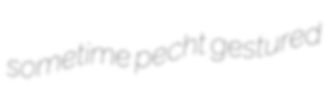
sometime pecht gestured